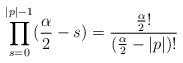
LaTeX: \begin{align*} \prod_{s=0}^{|p|-1}(\frac{\alpha}{2}-s) = \frac{\frac{\alpha}{2}!}{(\frac{\alpha}{2}-|p|)!} \end{align*}